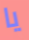
يا